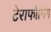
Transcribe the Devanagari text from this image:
टेराफोर्मिंग